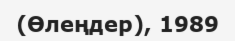
(Өлеңдер), 1989